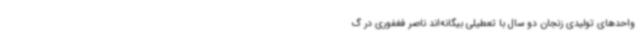
واحدهای تولیدی زنجان دو سال با تعطیلی بیگانه‌اند ناصر فغفوری در گ